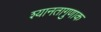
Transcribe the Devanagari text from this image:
श्यानतागुणाक